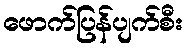
ဖောက်ပြန်ပျက်စီး